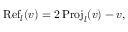
\operatorname { R e f } _ { l } ( v ) = 2 \operatorname { P r o j } _ { l } ( v ) - v ,